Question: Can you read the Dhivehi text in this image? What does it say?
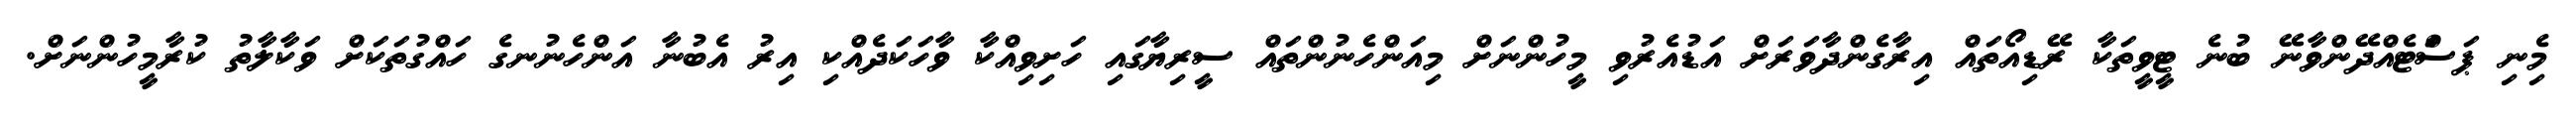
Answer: މިެނި ޕަސަްޓެއްދޭންވާނޭ ބުނެ ޓީވީތަކާ ރޭޑިއޯތައް އިރާގެންދާވަރަށް އަޑުއެރުވި މީހުންނަށް މިއަންހެނުންތައް ސީރިޔާގައި ހަށިވިއްކާ ވާހަކަދެއްކި އިރު އެބުނާ އަންހެނުނގެ ހައްގުތަކަށް ވަކާލާތު ކުރާމީހުންނަށް.